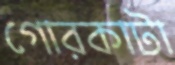
গোরকাটা